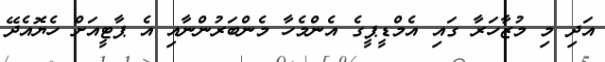
އަދި މި މުޒާހަރާ ގައި އެމްޑީޕީގެ އެންމެހާ މެންބަރުންނާއި އެ ޕާޓީއަށް ހެޔޮއެދޭ